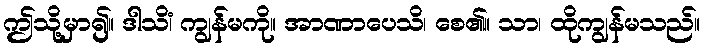
ဤသို့မှာ၍။ ဒါသိံ၊ ကျွန်မကို။ အာဏာပေသိ၊ စေ၏။ သာ၊ ထိုကျွန်မသည်။